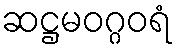
ဆဋ္ဌမဝဂ္ဂဝရံ